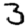
Digit: 3